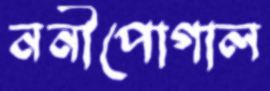
ননীপোগাল